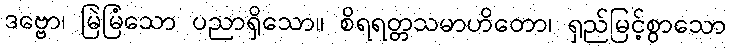
ဒဗ္ဗော၊ မြဲမြံသော ပညာရှိသော။ စိရရတ္တသမာဟိတော၊ ရှည်မြင့်စွာသော